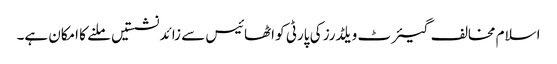
اسلام مخالف گیئرٹ ویلڈرز کی پارٹی کو اٹھائیس سے زائد نشستیں ملنے کا امکان ہے۔